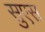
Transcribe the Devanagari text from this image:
सुएस